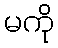
မကို